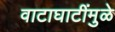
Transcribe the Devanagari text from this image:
वाटाघाटींमुळे